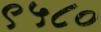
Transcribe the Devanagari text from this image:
९५८०